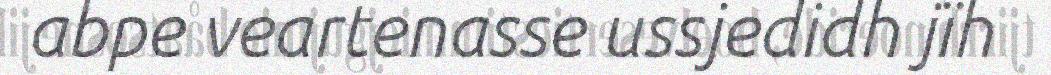
abpe veartenasse ussjedidh jïh